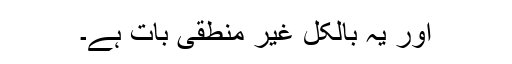
اور یہ بالکل غیر منطقی بات ہے۔